Indian journal of veterinary science and animal husbandry - Volume 7,
Year: 1937
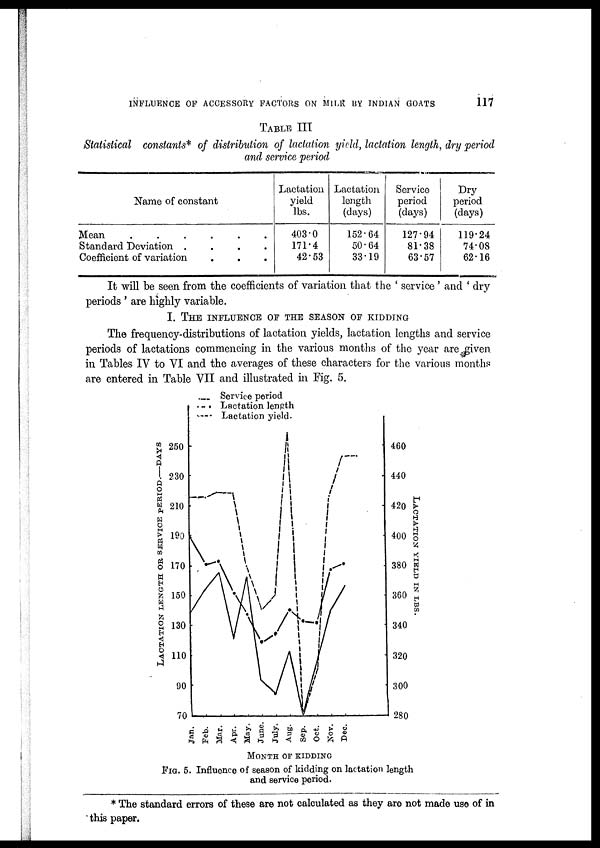
INFLUENCE OF ACCESSORY FACTORS ON MILK BY INDIAN GOATS
117
TABLE III
Statistical constants* of distribution of lactation yield, lactation length, dry period
and service period
Name of constant
Mean
.
.
.
.
.
.
Standard Deviation
.
.
.
.
Coefficient of variation . . .
Lactation
yield
lbs.
403.0
171.4
42.53
Lactation
length
(days)
152.64
50.64
33.19
Service
period
(days)
127.94
81.38
63.57
Dry
period
(days)
119.24
74.08
62.16
It will be seen from the coefficients of variation that the ' service ' and ' dry
periods ' are highly variable.
I. THE INFLUENCE OF THE SEASON OF KIDDING
The frequency-distributions of lactation yields, lactation lengths and service
periods of lactations commencing in the various months of the year are given
in Tables IV to VI and the averages of these characters for the various months
are entered in Table VII and illustrated in Fig. 5.
FIG. 5. Influence of season of kidding on lactation length
and service period.
* The standard errors of these are not calculated as they are not made use of in
this paper.